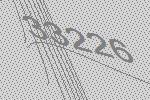
33226